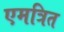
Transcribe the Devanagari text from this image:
एमत्रित